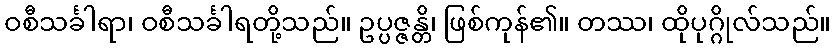
ဝစီသင်္ခါရာ၊ ဝစီသင်္ခါရတို့သည်။ ဥပ္ပဇ္ဇန္တိ၊ ဖြစ်ကုန်၏။ တဿ၊ ထိုပုဂ္ဂိုလ်သည်။